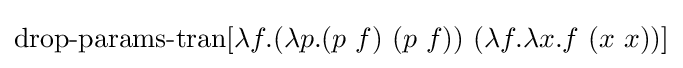
\operatorname {drop-params-tran} [\lambda f.(\lambda p.(p\ f)\ (p\ f))\ (\lambda f.\lambda x.f\ (x\ x))]